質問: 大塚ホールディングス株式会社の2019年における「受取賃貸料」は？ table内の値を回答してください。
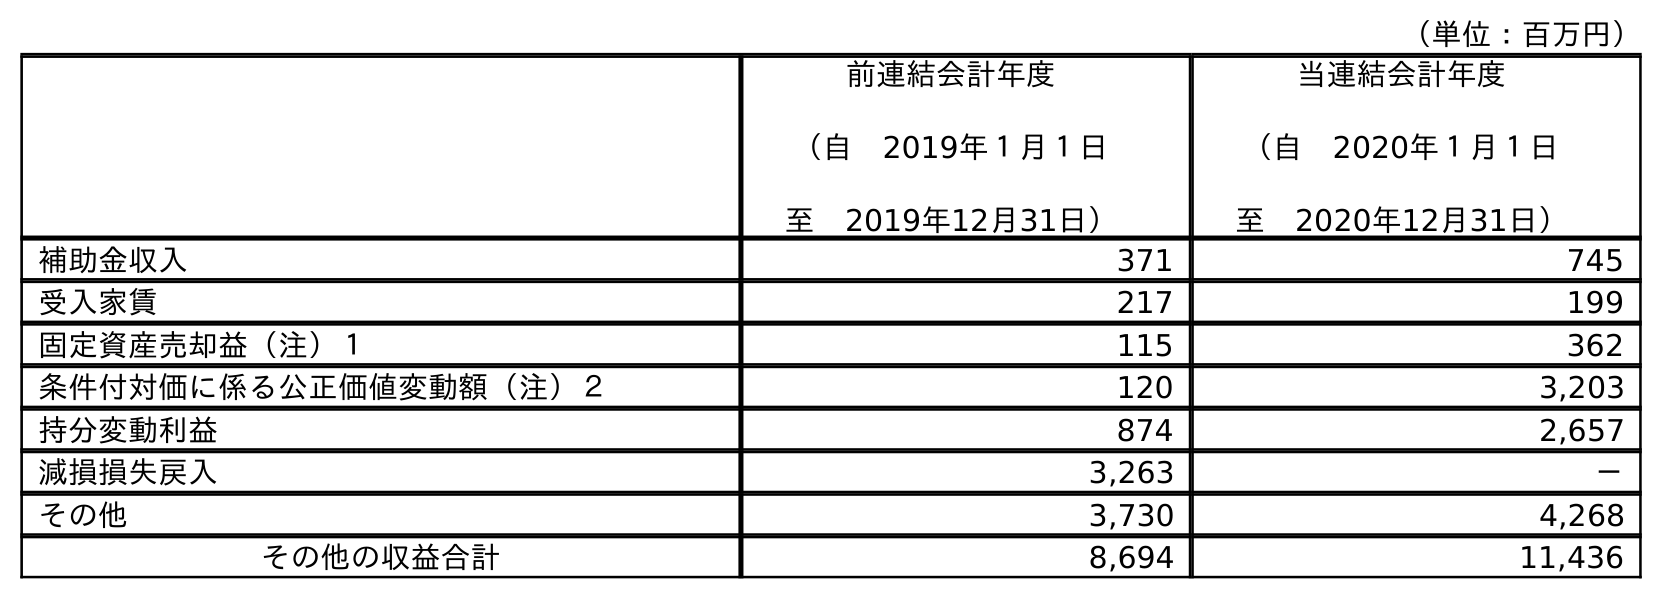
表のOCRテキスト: （単位：百万円） 前連結会計年度 （自 2019年１月１日 至 2019年12月31日） 当連結会計年度 （自 2020年１月１日 至 2020年12月31日） 補助金収入 371 745 受入家賃 217 199 固定資産売却益（注）１ 115 362 条件付対価に係る公正価値変動額（注）２ 120 3,203 持分変動利益 874 2,657 減損損失戻入 3,263 － その他 3,730 4,268 その他の収益合計 8,694 11,436
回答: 217